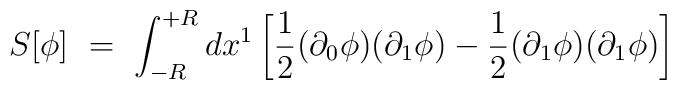
S[\phi ]\,\,=\,\,\int_{-R}^{+R} dx^{1} \left[ \frac{1}{2} (\partial_{0} \phi)(\partial_{1} \phi) -\frac{1}{2} (\partial_{1} \phi) (\partial_{1} \phi) \right]